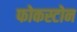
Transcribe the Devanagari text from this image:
फोकस्टोन